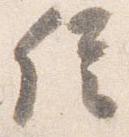
信